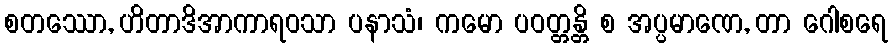
စတဿော, ဟိတာဒိအာကာရဝသာ ပနာသံ၊ ကမော ပဝတ္တန္တိ စ အပ္ပမာဏေ, တာ ဂေါစရေ